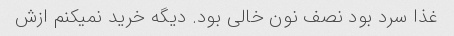
غذا سرد بود نصف نون خالی بود. دیگه خرید نمیکنم ازش